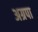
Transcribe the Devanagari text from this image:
अग्रपा